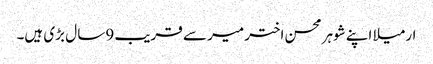
ارمیلا اپنے شوہر محسن اختر میر سے قریب 9سا ل بڑی ہیں۔